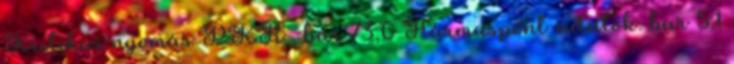
Kritikus nyomás PKR , bar 73,0 Hármaspont-adatok: bar 5,1